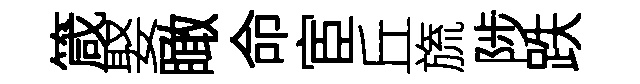
箴娶瞰命宦丘旒陟跌